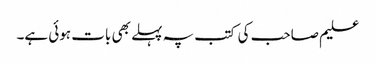
علیم صاحب کی کتب پہ پہلے بھی بات ہوئی ہے۔